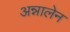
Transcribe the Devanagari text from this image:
अन्नालेन